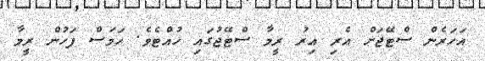
އަހަރެން ސްޓޭޖަށް އެރި އިރު ރީމާ ސްޓޭޖުގައި ހުއްޓެވެ. ހަމަސް ފަހުން ރީމާ